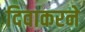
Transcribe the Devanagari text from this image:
दिवाकरने